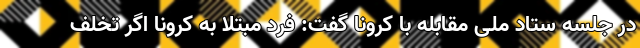
در جلسه ستاد ملی مقابله با کرونا گفت: فرد مبتلا به کرونا اگر تخلف